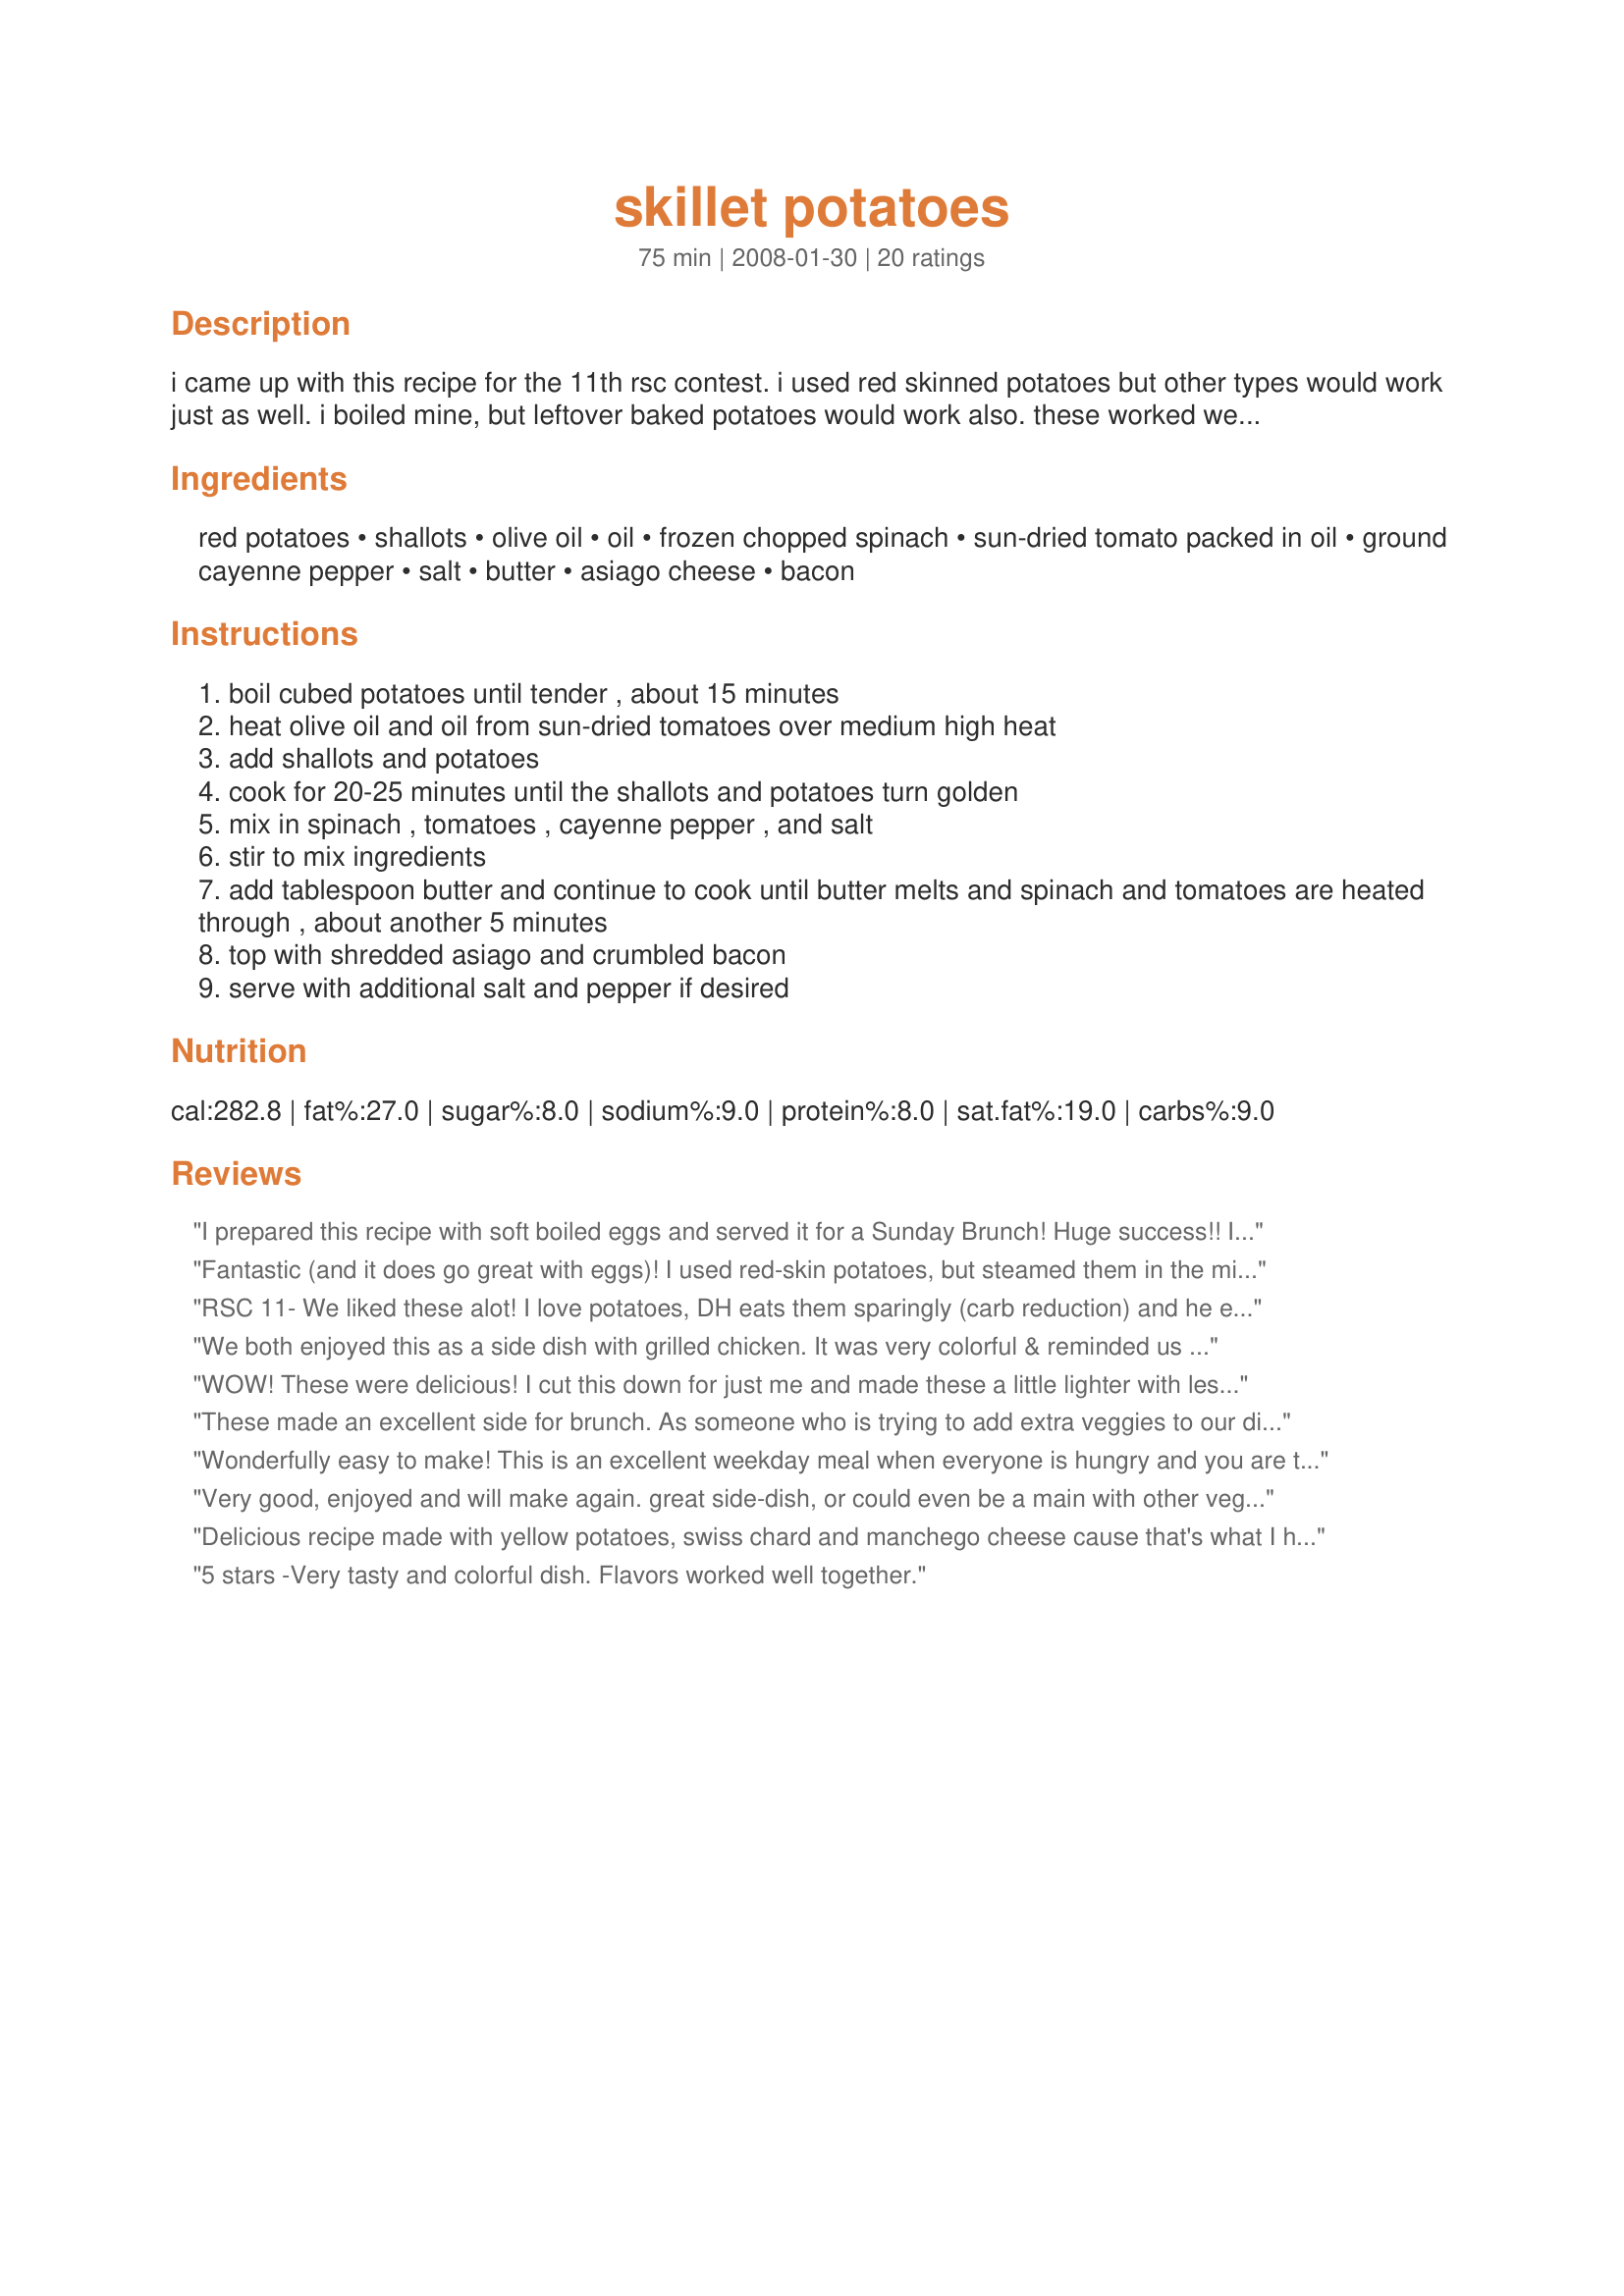
skillet potatoes
Preparation time: 75 minutes

i came up with this recipe for the 11th rsc contest. i used red skinned potatoes but other types would work just as well. i boiled mine, but leftover baked potatoes would work also. these worked well with as a side dish with steak or with eggs for breakfast. we've also eaten them as the main dish. if you want a little more kick, increase the cayenne pepper to 1/4 teaspoon.

Ingredients:
red potatoes, shallots, olive oil, oil, frozen chopped spinach, sun-dried tomato packed in oil, ground cayenne pepper, salt, butter, asiago cheese, bacon

Steps:
boil cubed potatoes until tender , about 15 minutes
heat olive oil and oil from sun-dried tomatoes over medium high heat
add shallots and potatoes
cook for 20-25 minutes until the shallots and potatoes turn golden
mix in spinach , tomatoes , cayenne pepper , and salt
stir to mix ingredients
add tablespoon butter and continue to cook until butter melts and spinach and tomatoes are heated through , about another 5 minutes
top with shredded asiago and crumbled bacon
serve with additional salt and pepper if desired

Reviews:
I prepared this recipe with soft boiled eggs and served it for a Sunday Brunch! Huge success!!
I added the extra cayenne as suggested! Next time I think to cut down some fat...I'll skip the tbls of butter.
Good luck in the Contest!
Fantastic (and it does go great with eggs)! I used red-skin potatoes, but steamed them in the microwave first to soften. I will be making this often. Thanks for posting. Made for ZWT5.
RSC 11- We liked these alot! I love potatoes, DH eats them sparingly (carb reduction) and he enjoyed these. I followed directions to the letter minus the cayenne pepper as I do not eat hot. Did have on table for Dh to add. He liked the taters as is. This is a simple recipe to make for a dinner or a lunch. I can even see these as a breakfast potatoe/side. Yeppers these are going into a keeper file.
Thank you for a new twist on taters.
We both enjoyed this as a side dish with grilled chicken. It was very colorful & reminded us of a good twist on okra, potatoes, & onions. I did squeeze the spinach very dry. We both thought the addition of garlic would be a plus. I left off the bacon. Thank you for an excellent side dish from the RSC #11 ingredient list.
WOW! These were delicious! I cut this down for just me and made these a little lighter with less oil and turkey bacon. I also added in some red pepper and a garlic clove and sprinkled with some Italian blend cheese. I will definitely be making these again soon. Thanks, Kim!
These made an excellent side for brunch. As someone who is trying to add extra veggies to our diet, I loved the addition of the spinach. The potatoes were white rose and worked quite well. The recipe was divided by half and I had 3 nice servings. For the reduced recipe, I did add the full amount of cayenne pepper. Made for RSC #11--Good luck in the contest.
Wonderfully easy to make! This is an excellent weekday meal when everyone is hungry and you are tired after work. The flavours came together well and it was well liked by everyone. Please see my rating system: 4 lovely stars for a comfort food recipe that I will be coming back to. Thanks!
Very good, enjoyed and will make again. great side-dish, or could even be a main with other veggies on the side. I've made this sort of dish before, everyone enjoys it, and we very much enjoyed this version!

thanks, Kim!
Delicious recipe made with yellow potatoes, swiss chard and manchego cheese cause that's what I had in the fridge. My picky sons didn't eat "the green stuff" but ate the potatoes. My hubby isn't a fan of potatoes but he liked these. For Bevy Tag.
5 stars -Very tasty and colorful dish. Flavors worked well together.
5 Star - WOW this was a really great side dish - Flavours really went well together and directions were really easy to follow, I used yellow potatoes because it was all I could find and I also left out the bacon because I don't eat it - Thank you RSC #11 Chef
Omg! I would give you 10 stars for this recipe. My family loved loved it. This recipe is hidden, it needs to be discovered. An Amazing potato side. I only regret that I didn't double the recipe, cuz we had no leftovers for lunch. We topped the potatoes with 3 Cheese Ranch Salad dressing and it really made it even that much better. Thank you for posting this recipe and I will make again soon. I made for team "Cooks With Dirty Faces" for ZWT5
Great potatoes! We loved them. I also served them with eggs and it was a wonderful combination of flavors. Thanks, Kim127.
These ar really, good. WE LOVED THEM !!! The only adjustment I made was go 1/8 teaspoon salt. Not one complaint with these. Excellent flavor, and excellent color. Made for Potluck tag.
Excellent Potatoes! These were a huge success at dinner tonight. I used yukon golds (just because I had some to use up) but otherwise followed exactly. Everyone loved them. Thanks for creating this gem!
Very yummy! I omitted the salt and butter. This was a great way to prepare potatoes that I am sure I will be using frequently. Thanks for sharing!
Wow! I made a light version of these (less oil and cheese, no butter, used low fat turkey bacon), and they were still absolutely fantastic! I added some garlic, used a chili pepper instead of the cayenne, and just a sprinkle of salt. It took only about 8 minutes for me for this to brown pretty well. The combination of flavors really works here, and the balance of veggies to potatoes is just right. We topped this with nonfat sour cream, which enhanced the flavor nicely, but it certainly does not need it. Great for breakfast, lunch or dinner!
5 Stars. Very flavorful and filling! This was a great breakfast that would also work well for a light dinner. It didn't take nearly as long as the recipe stated, partly because I microwaved the potatoes for 7 minutes instead of boiling them. It was ready in about 40 minutes. I loved the combination of ingredients and will definitely make this again.
The RSC list of ingredients includes some strong flavors and colors, and this dish does a pretty good job of accenting and balancing several of the more exotic ones. We had it for lunch; it could be breakfast alongside a couple of eggs. The men of the house gobbled it down while the ladies were indifferent. If I do it again, I'll boil the potatoes less, since they have plenty of cooking time in the skillet. Made and reviewed for RSC #11.
What a great way to get those vegetables into your diet. The flavors were just wonderful. I left off the cheese because I didn't want the extra calories, but that would have just added to the recipe which I thought was fine without. So glad I found this. thanks Kim
